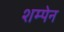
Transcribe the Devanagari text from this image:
शम्पेन